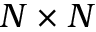
N \times N